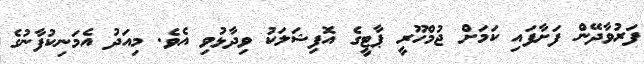
ފަރުވާދޭން ފަށާފައި ކަމަށް ޖުމްހޫރީ ޕާޓީގެ އޮފިޝަލަކު ވިދާޅުވި އެވެ. މިއަދު އެމަނިކުފާނުގެ